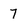
Character: 7